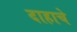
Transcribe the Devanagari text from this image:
दाहाचे